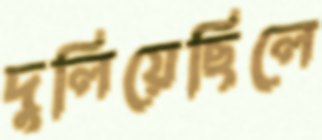
দুলিয়েছিলে